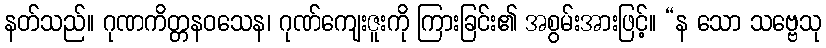
နတ်သည်။ ဂုဏကိတ္တနဝသေန၊ ဂုဏ်ကျေးဇူးကို ကြားခြင်း၏ အစွမ်းအားဖြင့်။ “န သော သဗ္ဗေသု